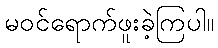
မဝင်ရောက်ဖူးခဲ့ကြပါ။